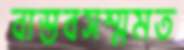
বাস্তবসম্মমত